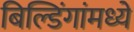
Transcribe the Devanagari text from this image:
बिल्डिंगांमध्ये